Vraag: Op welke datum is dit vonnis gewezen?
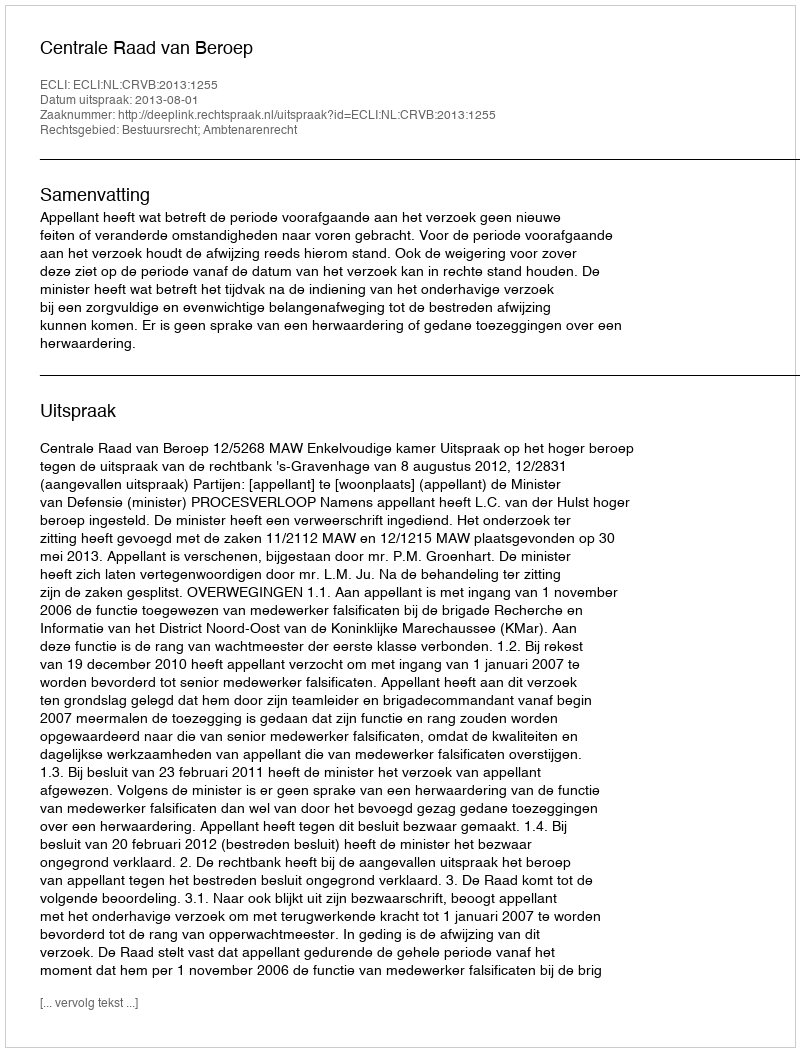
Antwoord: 2013-08-01